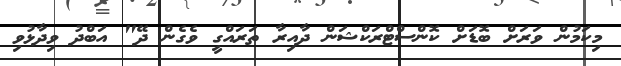
މިކަމުން ވަރަށް ބޮޑަށް ކޮންސްޓްރަކްޝަން ދާއިރާ ތަރައްގީ ވެގެން ދޭ" އަބްދު ވިދާޅުވި